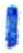
אות: י